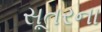
સૂતરના